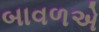
બાવળએ